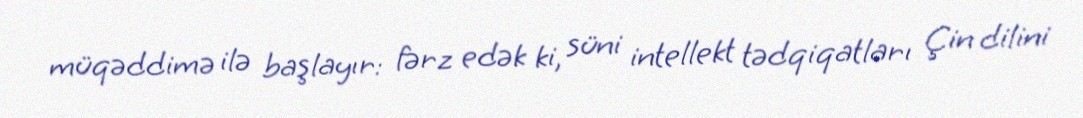
müqəddimə ilə başlayır: fərz edək ki, süni intellekt tədqiqatları Çin dilini